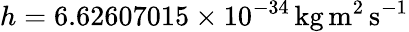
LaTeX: h=6.62607015\times 10^{-34}\, \mathrm{kg}\, \mathrm{m}^{2}\, \mathrm{s}^{-1}